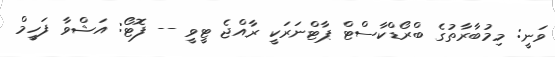
ވަނީ: މިމުބާރާތުގެ ބްރޯޑްކާސްޓް ޕާޓްނަރަކީ ރާއްޖެ ޓީވީ -- ފޮޓޯ: އަޝްވާ ފަހީމް